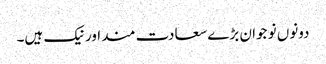
دونوں نو جوان بڑے سعادت مند اور نیک ہیں۔